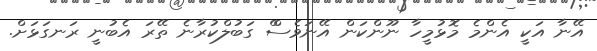
އޭނާ އަކީ އެންމެ މޮޅުމީހާ ނޫންކަން އޭނަވެސްް ގަބުލްކުރާނެ ތޭރަ އެބުނީ ރަނގަޅަށް.